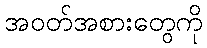
အဝတ်အစားတွေကို